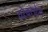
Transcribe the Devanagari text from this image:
वरेक्सहैम